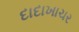
દાદાખાચર